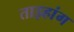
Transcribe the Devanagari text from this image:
ताइहांग